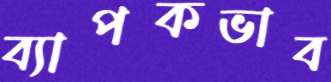
ব্যাপকভাব